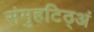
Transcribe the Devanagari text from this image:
संमुहटिठ्‌अं